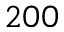
2 0 0